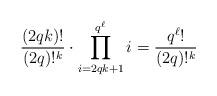
LaTeX: \begin{align*}\frac{(2qk)!}{(2q)!^k}\cdot\prod_{i=2qk+1}^{q^\ell} i=\frac{q^\ell!}{(2q)!^k}\end{align*}